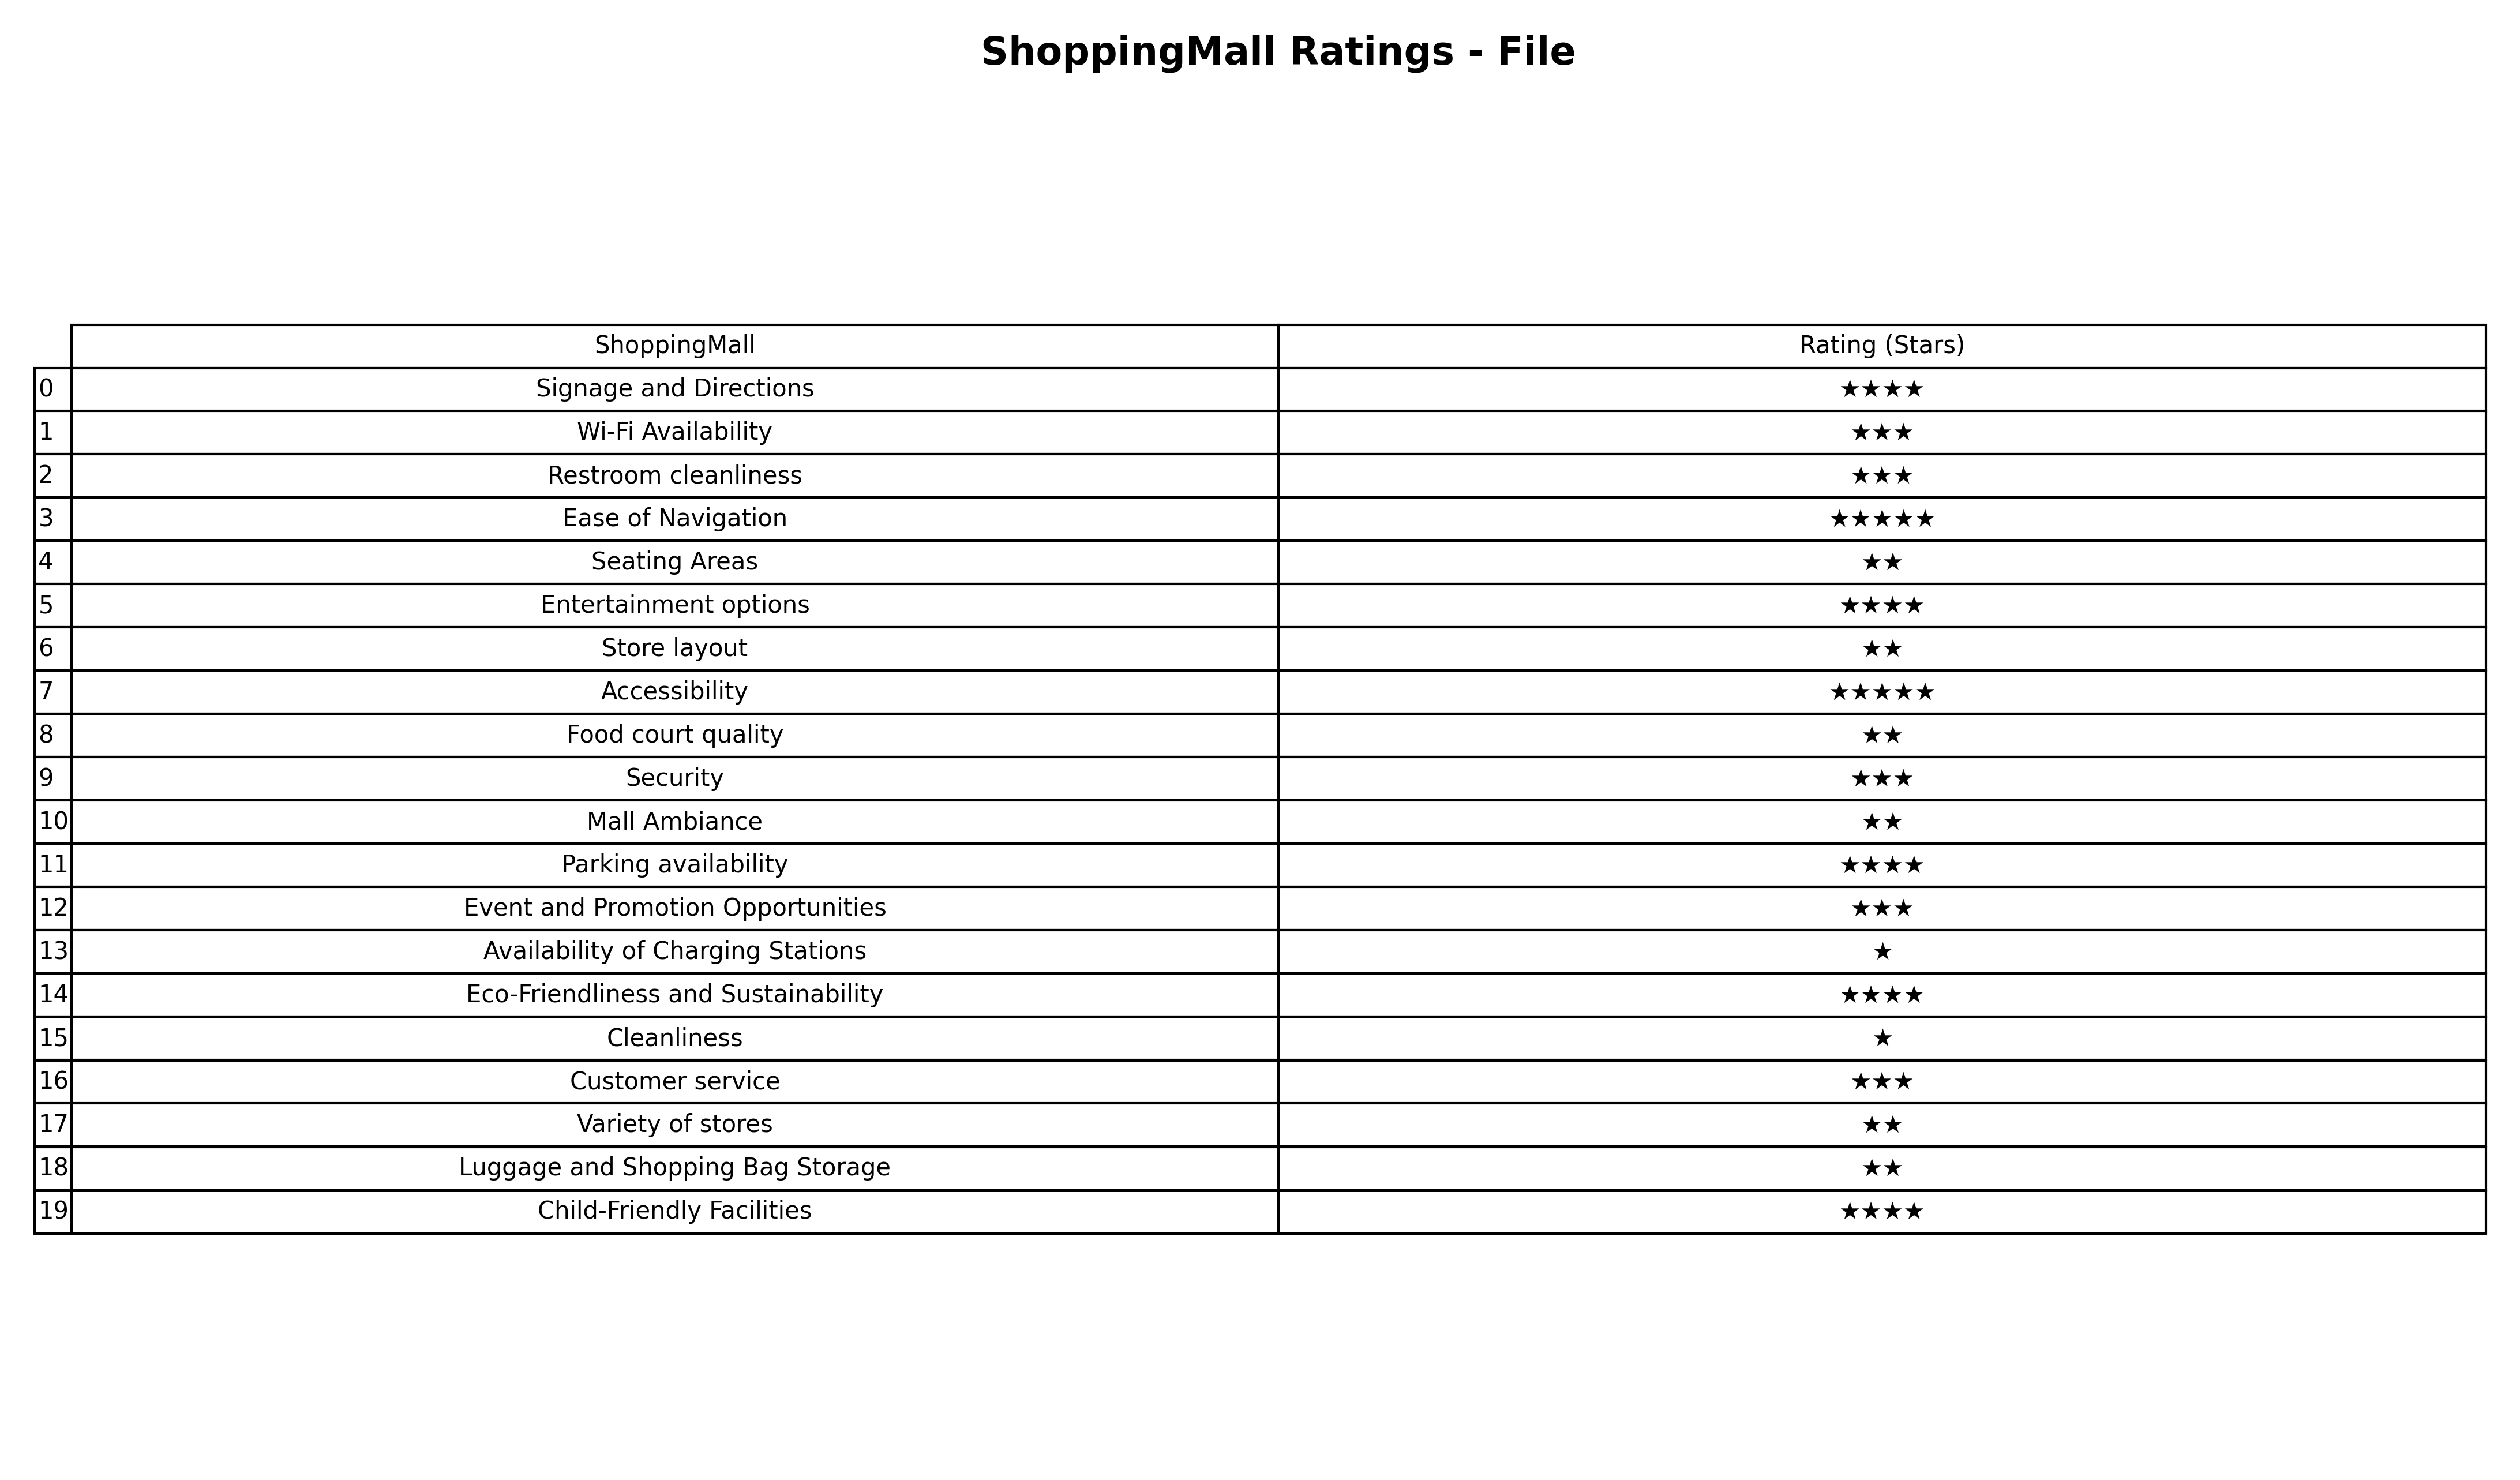
question: What are one star services?
answer: Availability of Charging StationsCleanliness